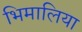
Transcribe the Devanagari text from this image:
भिमालिया